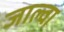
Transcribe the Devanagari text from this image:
जाल्वा